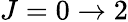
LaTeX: J=0\rightarrow 2